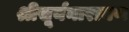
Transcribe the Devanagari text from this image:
श्रीसूर्यनारायण